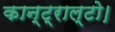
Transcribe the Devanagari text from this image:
कान्ट्राल्टो।